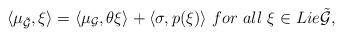
LaTeX: \begin{align*}\langle\mu_{\tilde{\mathcal{G}}},\xi\rangle=\langle\mu_{\mathcal{G}},\theta\xi\rangle+\langle\sigma,p(\xi)\rangle \ for \ all \ \xi \in Lie\tilde{\mathcal{G}},\end{align*}